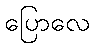
ပြောလေ